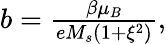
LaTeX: \begin{array}{r}{b=\frac{\beta\mu_{B}}{eM_{s}(1+\xi^{2})},}\end{array}